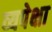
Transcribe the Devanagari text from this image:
व्यपेक्षा